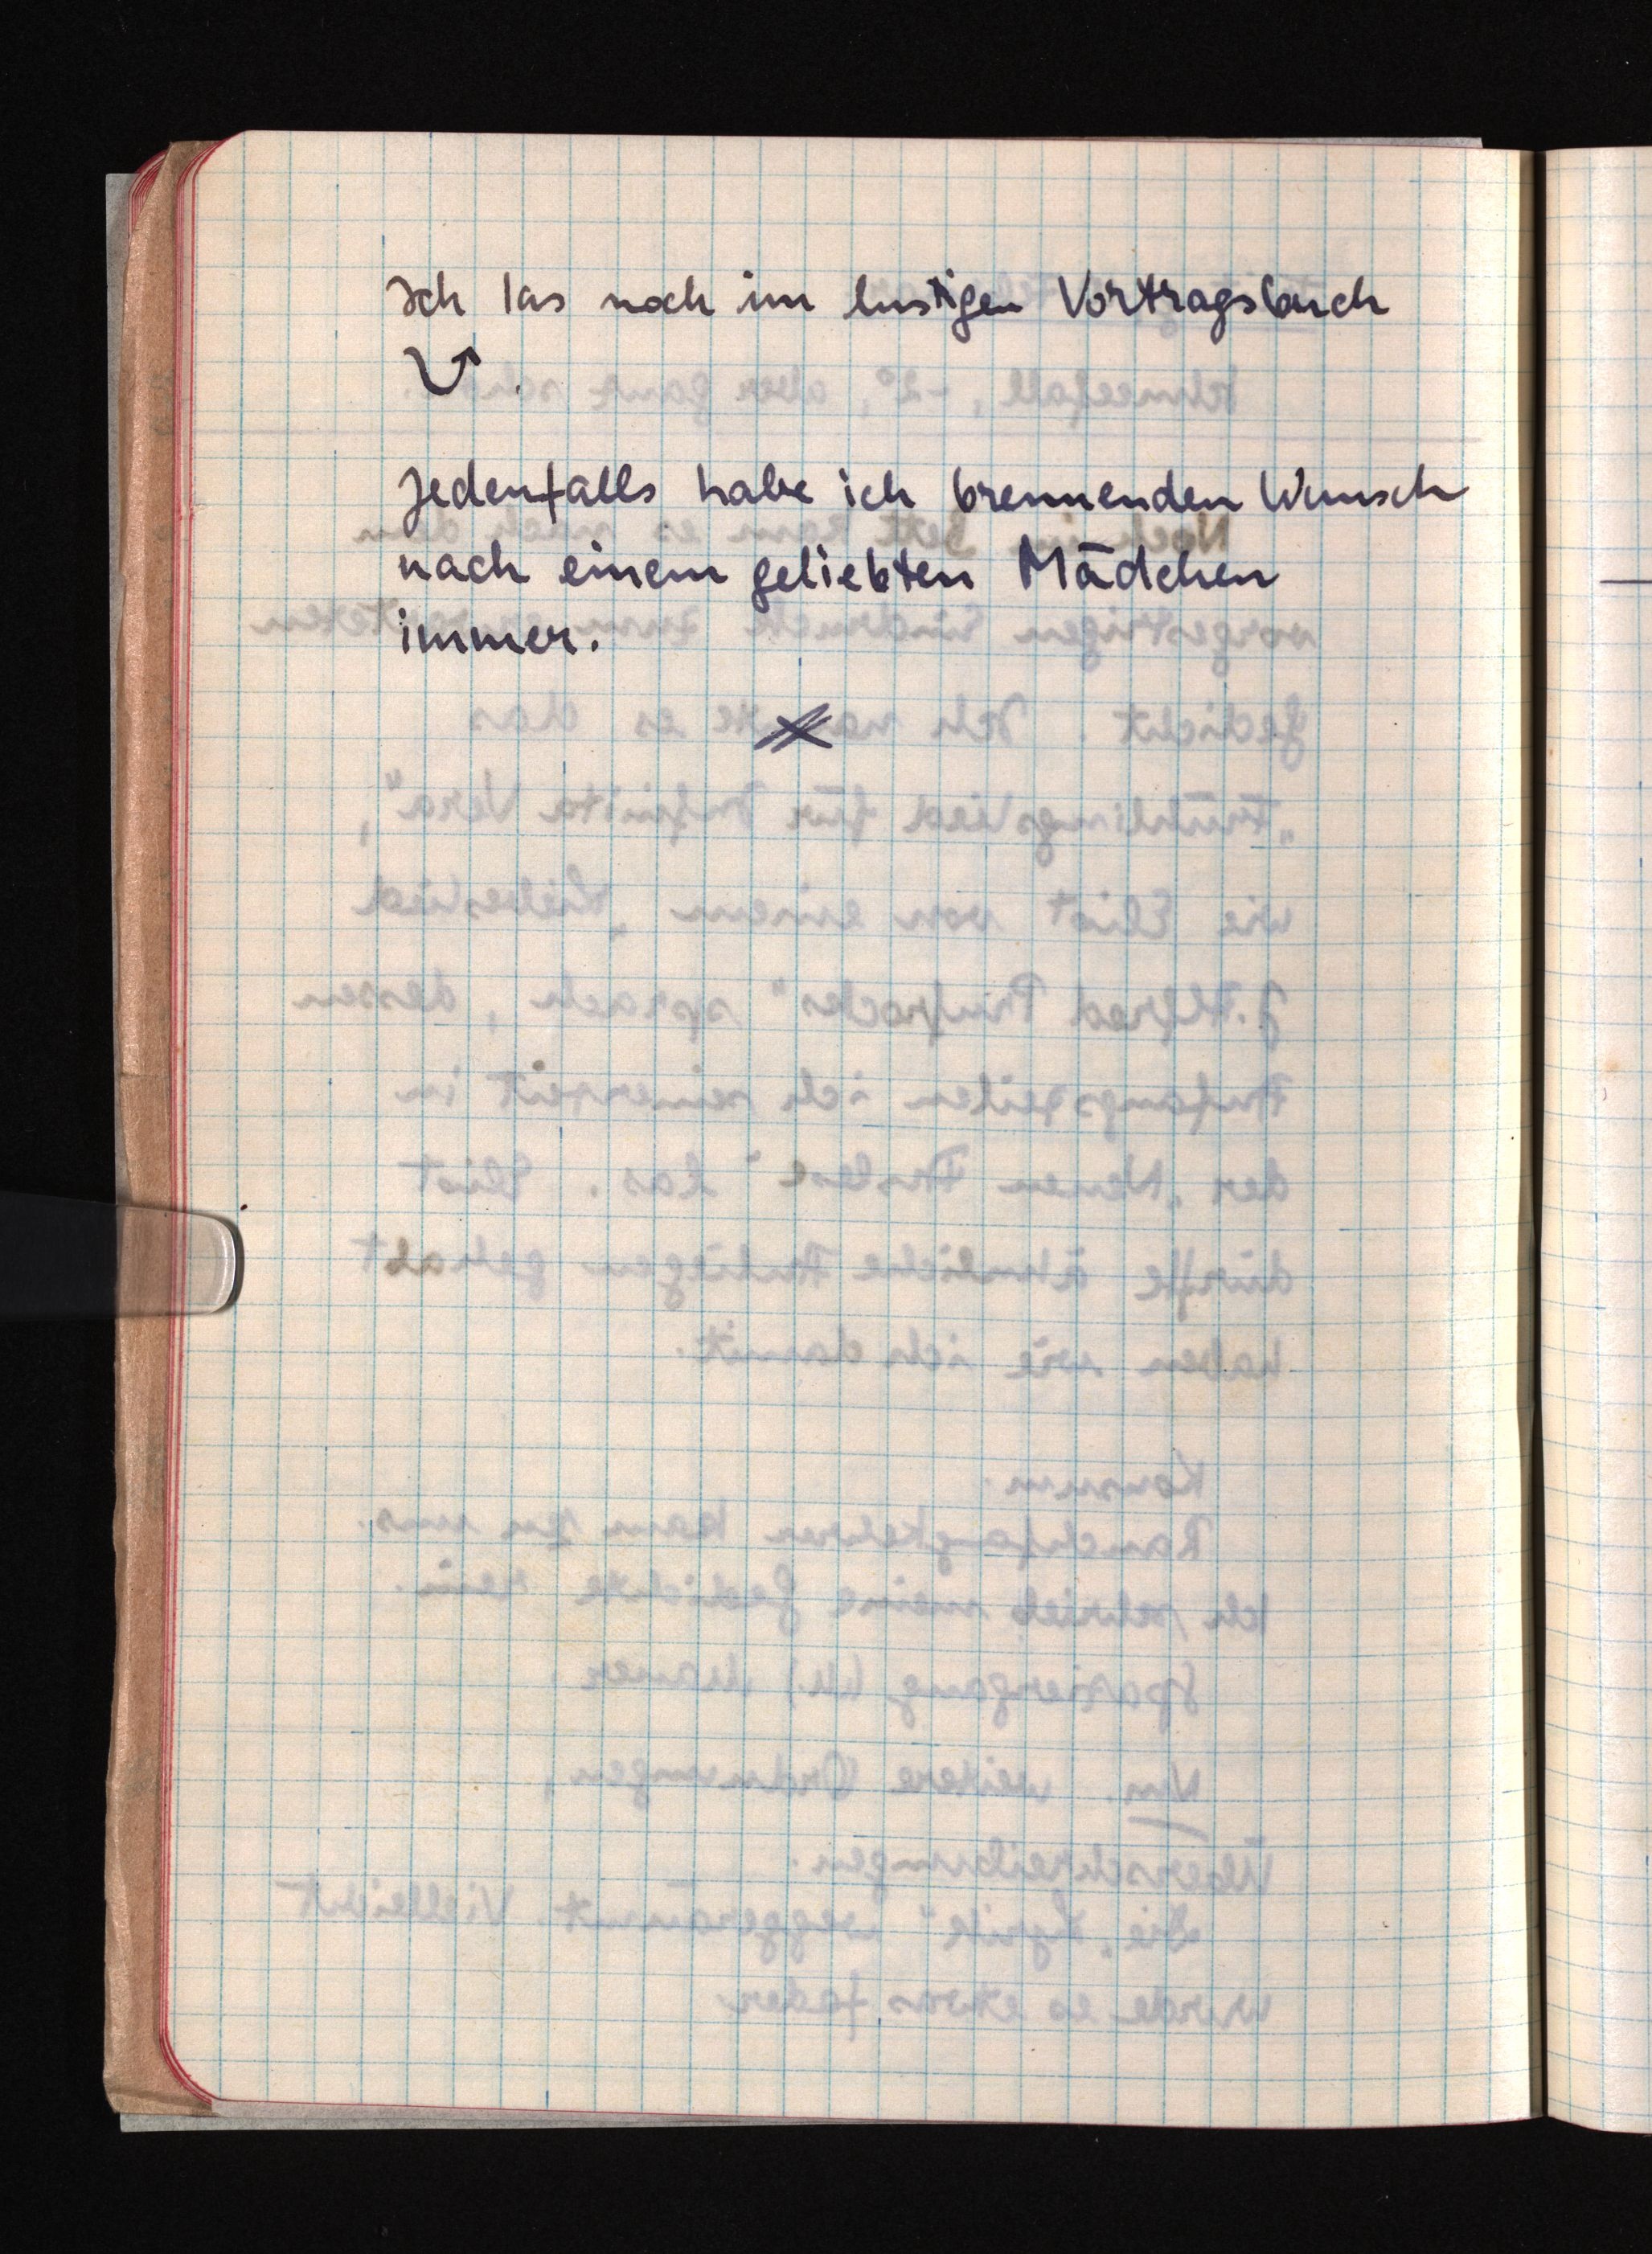
Ich las noch im lustigen Vortragsbuch
Jedenfalls habe ich brennenden Wunsch
nach einem geliebten Mädchen
immer.